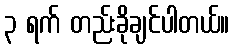
၃ ရက် တည်းခိုချင်ပါတယ်။